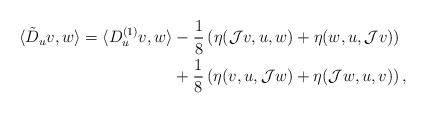
LaTeX: \begin{align*} \langle \tilde{D}_{u}v, w\rangle = \langle D^{(1)}_{u}v , w\rangle & -\frac{1}{8} \left( \eta (\mathcal J v, u, w)+ \eta ( w, u, \mathcal J v) \right)\\ & +\frac{1}{8} \left( \eta (v, u, \mathcal J w) +\eta (\mathcal J w, u, v)\right) ,\end{align*}